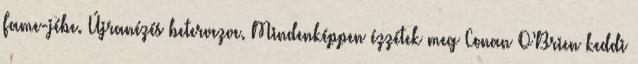
Fame-jébe. Újranézés betervezve. Mindenképpen ézzétek meg Conan O’Brien keddi